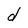
Character: d